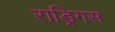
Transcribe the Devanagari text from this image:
राड्रिगस